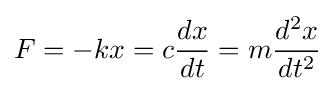
F=-kx=c{\frac {dx}{dt}}=m{\frac {d^{2}x}{dt^{2}}}